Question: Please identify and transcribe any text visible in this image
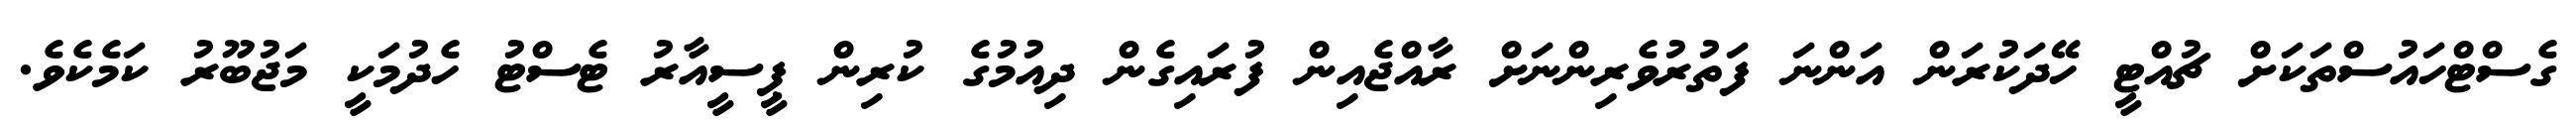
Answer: ގެސްޓްހައުސްތަކަށް ޗުއްޓީ ހޭދަކުރަން އަންނަ ފަތުރުވެރިންނަށް ރާއްޖެއިން ފުރައިގެން ދިއުމުގެ ކުރިން ޕީސީއާރު ޓެސްޓު ހެދުމަކީ މަޖުބޫރު ކަމެކެވެ.